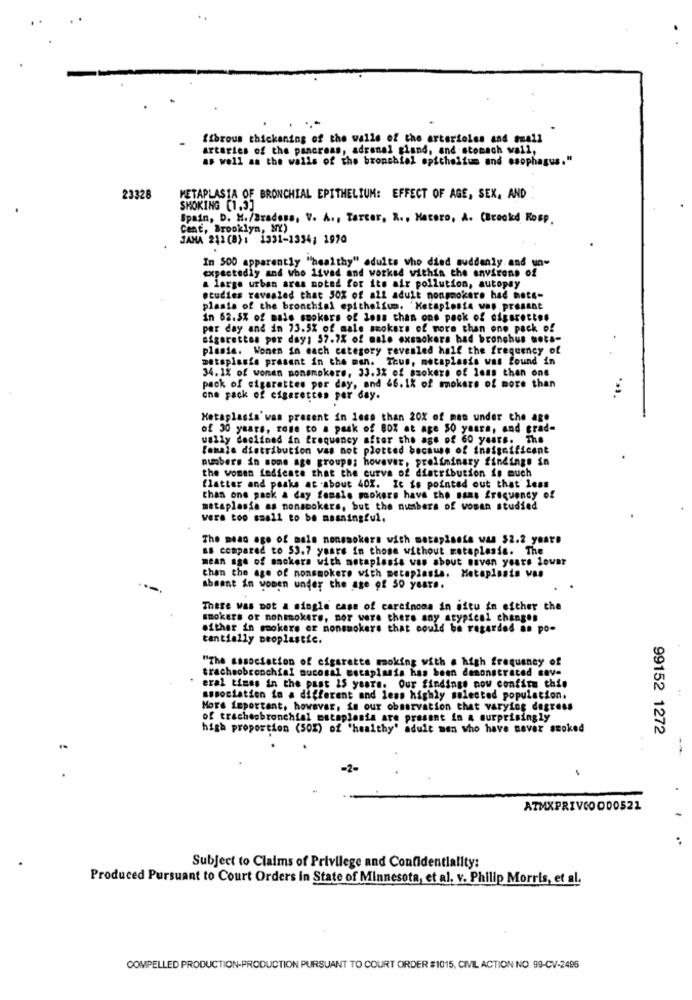
fibrous thickening of the walls of the arterioles and small
arteries of the pancreas, adrenal gland, and stomach wall,
as well as the walls of the bronchial epithelium and esophagus."
23328
METAPLASIA OF BRONCHIAL EPITHELIUM: EFFECT OF AGE, SEX, AND
SMOKING [1.3]
Spain, D. H./Bradoss, V. A ., Tartar, R .. Hacero, A. (Brockd Rosp.
Cent, Brooklyn, NY)
JANA 212 (8) : 1331-1334; 1970
expectedly and who lived and worked within the environs of
In 500 apparently "healthy" adults who died suddenly and un-
a large urban area noted for its air pollution, autopay
studies revealed that 50% of all adult nongmokere had hete-
plasia of the bronchial epithelium. Ketapinsie was present
in 62.5% of male smokers of Jona than one pack of cigarettes
per day and in 73.5% of male smokers of more than one pack of
cigarettes per day: 37.7% of male exsackera had bronchus mot .-
plasia. Wonen in each category revealed half the frequency of
metaplasia present in the man. Thus, metaplasia was found in
34. 1% of wonen nonsmokers, 33. 3% of smokers of less than one
pack of cigarettes por day, and 46. 1% of mokers of more than
one pack of cigarettes per day.
Metaplasia'was present in less than 20% of men under the age
of 30 years, rose to a peak of 80% at age 50 yaara, and grad-
wally declined in frequency after the age of 60 years. The
female distribution was not plotted because of insignificant
numbers in some age groups; however, preliminary findings in
the women indicate that the curva of distribution is much
flatter and peaks at about 40%. It is pointed out that less
than one pack & day female mokers have the sans frequency of
metaplasia as nonsmokers, but the numbers of woman studied
vers too small to be masningful.
The mean age of male nonsmokers with metapisefe was $2.2 years
as compared to 53.7 years in those without. metaplasia. The
mean age of smokers with metaplasia was about seven years louer
than the age of nonsmokers with metaplasia. Metaplasia was
absent in wonen under the age of 50 years.
There was not a single case of carcinoma in situ in either the
smokers or nonsmokers, nor were there any atypical changes
either in smokers er nonsmokers that could be regarded as po-
tantially ceoplastie.
"The association of cigarette moking with a high frequency of
trachsobronchial mucosal estaplasis has been demonstrated save
eral times in the past 25 years. Our findings now confirm this
association in a different and less highly selected population.
More important, however, in our observation that varying degress
of tracheobronchial mataplasia are present in 4 surprisingly
high proportion (50%) of 'healthy' adult men who have never smoked
99152 1272
ATMXPRIVCOD00521
..
Subject to Claims of Privilege and Confidentiality:
Produced Pursuant to Court Orders in State of Minnesota, et al. v. Philip Morris, et al.
COMPELLED PRODUCTION-PRODUCTION PURSUANT TO COURT ORDER #1015, CIVIL ACTION NO. 99-CV-2485